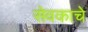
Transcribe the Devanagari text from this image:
सेवकाचे